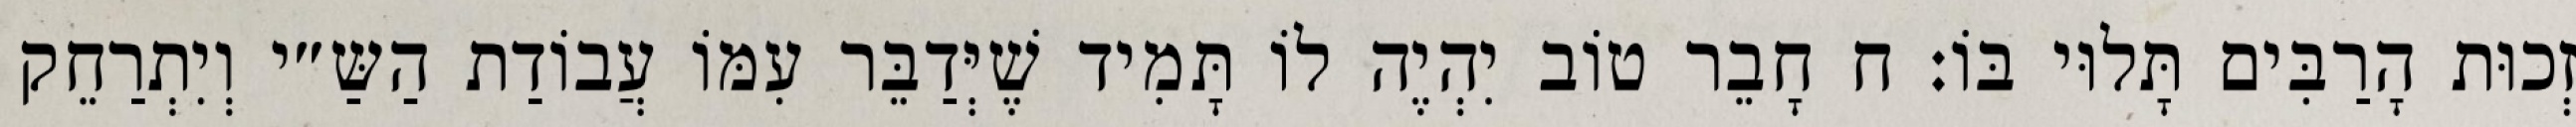
זְכוּת הָרַבִּים תָּלוּי בּוֹ: ח חָבֵר טוֹב יִהְיֶה לוֹ תָּמִיד שֶׁיְּדַבֵּר עִמּוֹ עֲבוֹדַת הַשַּ״י וְיִתְרַחֵק